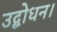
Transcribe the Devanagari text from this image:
उद्बोधन।